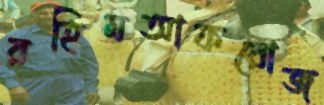
রহিমআফরোজ